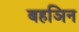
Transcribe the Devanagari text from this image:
बहञिन